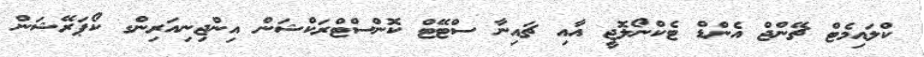
ކްލައިމެޓް ޗޭންޖް އެންޑް ޓެކްނޯލޮޖީ އާއި ޗައިނާ ސްޓޭޓް ކޮންސްޓްރަކްޝަން އިންޖިނިއަރިންގ ކޯޕަރޭޝަން